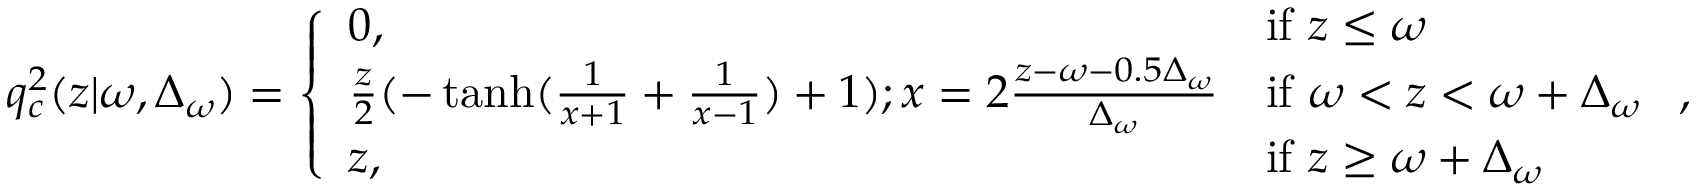
q _ { c } ^ { 2 } ( z | \omega , \Delta _ { \omega } ) = \left\{ \begin{array} { l l } { 0 , } & { \mathrm { i f ~ } z \leq \omega } \\ { \frac { z } { 2 } ( - \operatorname { t a n h } ( \frac { 1 } { x + 1 } + \frac { 1 } { x - 1 } ) + 1 ) ; x = 2 \frac { z - \omega - 0 . 5 \Delta _ { \omega } } { \Delta _ { \omega } } } & { \mathrm { i f ~ } \omega < z < \omega + \Delta _ { \omega } } \\ { z , } & { \mathrm { i f ~ } z \geq \omega + \Delta _ { \omega } } \end{array} \right. \mathrm { , }